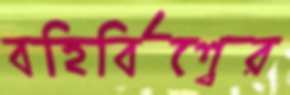
বহির্বিশ্বের